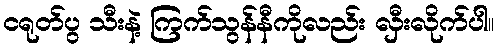
ငရုတ်ပွ သီးနဲ့ ကြက်သွန်နီကိုလည်း လှီးလိုက်ပါ။